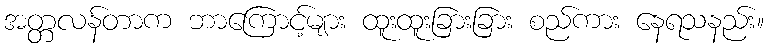
အတ္တလန်တာက ဘာကြောင့်များ ထူးထူးခြားခြား စည်ကား နေရသနည်း။